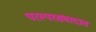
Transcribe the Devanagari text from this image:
परस्परसंवादात